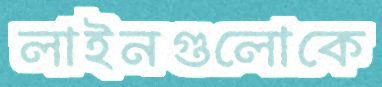
লাইনগুলোকে